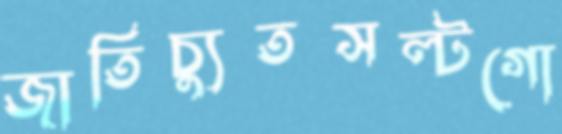
জাতিচ্যুতসল্টগো